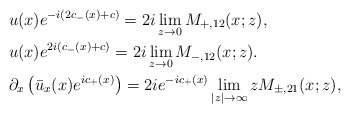
\begin{align*}&u(x)e^{-i(2c_-(x)+c)}=2 i\lim _{z\rightarrow 0}M_{+,12}(x;z),\\&u(x)e^{2i(c_-(x)+c)}=2 i\lim _{z\rightarrow 0}M_{-,12}(x;z).\\&\partial_x\left(\bar{u}_x(x) e^{ic_+(x)}\right)=2 i e^{-ic_+(x)} \lim _{|z|\rightarrow \infty}z M_{\pm,21}(x;z),\end{align*}